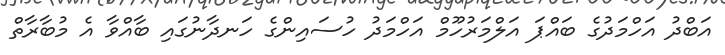
އަބްދު އަހްމަދުގެ ބައްޕަ އަލްމަރުހޫމް އަހްމަދު ހުސައިންގެ ހަނދާނުގައި ބާއްވާ އެ މުބާރާތް